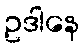
ဥဒါနေ